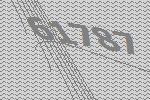
61787